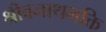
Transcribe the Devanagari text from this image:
श्रीवनाथभक्ति